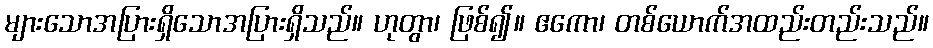
များသောအပြားရှိသောအပြားရှိသည်။ ဟုတွာ၊ ဖြစ်၍။ ဧကော၊ တစ်ယောက်အထည်းတည်းသည်။